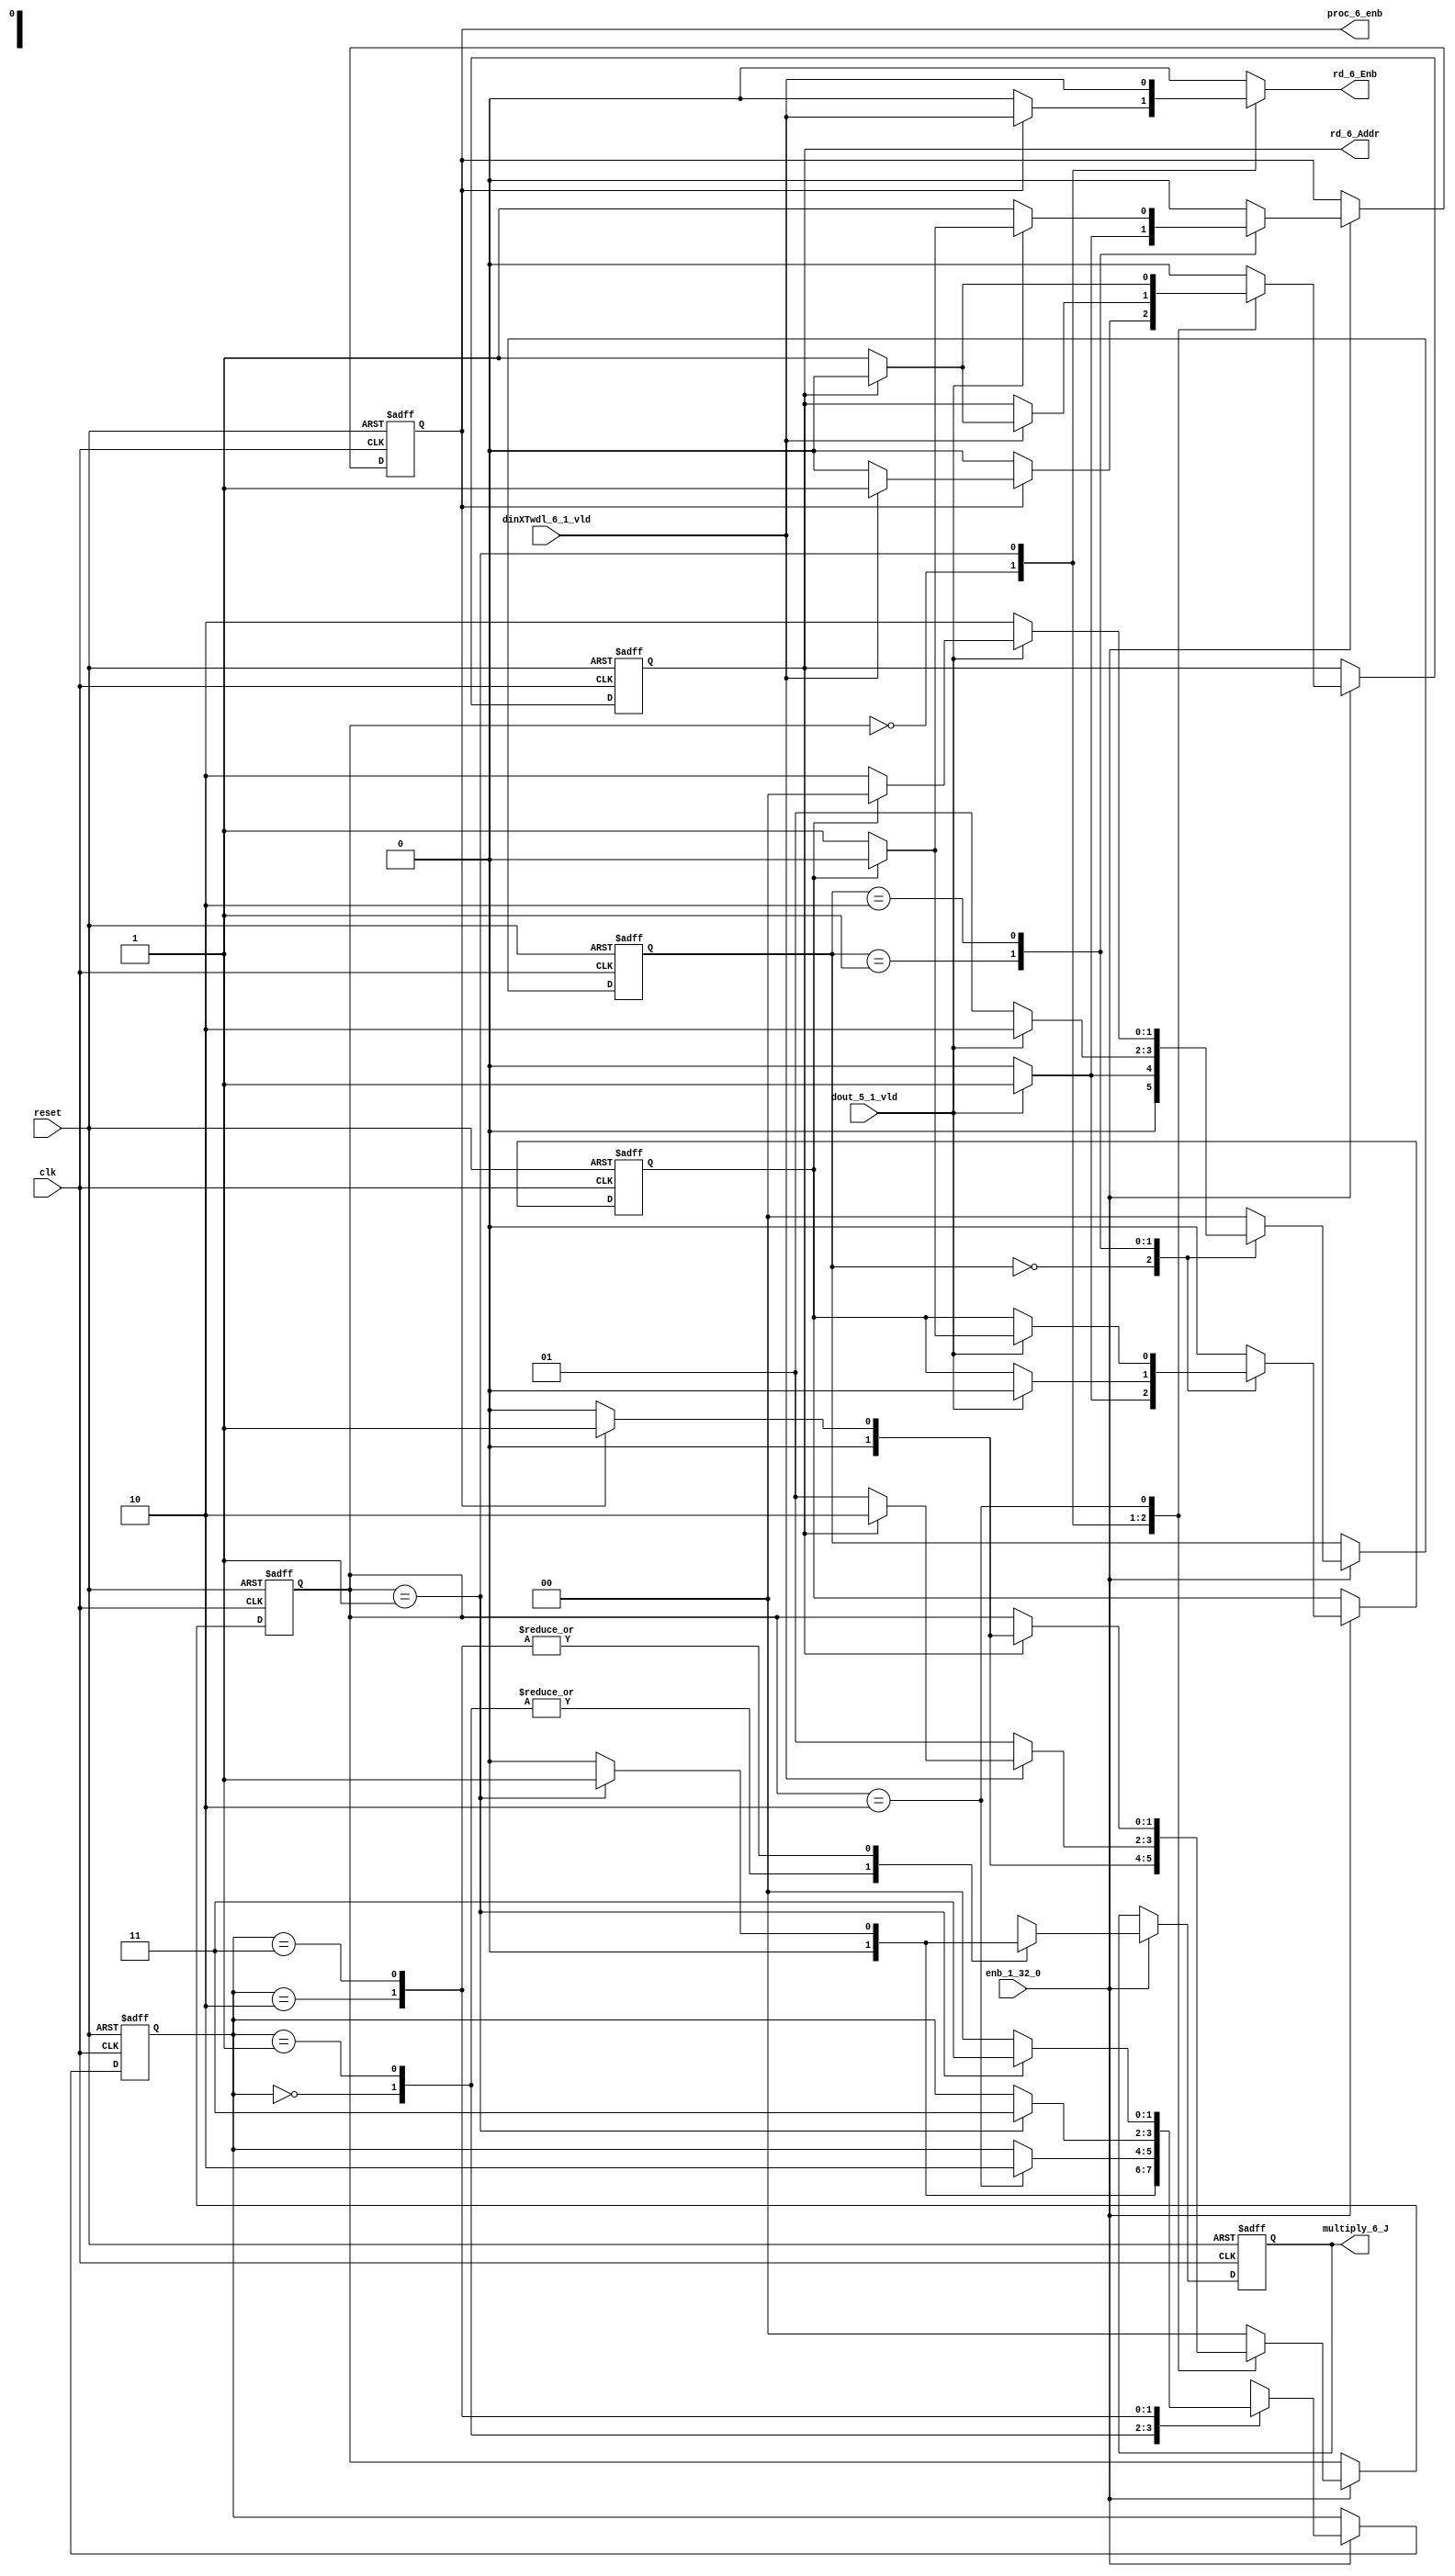
// -------------------------------------------------------------
// 
// 
// Generated by MATLAB 9.13 and HDL Coder 4.0
// 
// -------------------------------------------------------------


// -------------------------------------------------------------
// 
// Module: whdlOFDMTx_RADIX22FFT_CTRL1_6
// Source Path: dsphdl.IFFT/RADIX22FFT_CTRL1_6
// Hierarchy Level: 5
// 
// -------------------------------------------------------------

`timescale 1 ns / 1 ns

module whdlOFDMTx_RADIX22FFT_CTRL1_6
          (clk,
           reset,
           enb_1_32_0,
           dout_5_1_vld,
           dinXTwdl_6_1_vld,
           rd_6_Addr,
           rd_6_Enb,
           proc_6_enb,
           multiply_6_J);


  input   clk;
  input   reset;
  input   enb_1_32_0;
  input   dout_5_1_vld;
  input   dinXTwdl_6_1_vld;
  output  rd_6_Addr;  // ufix1
  output  rd_6_Enb;
  output  proc_6_enb;
  output  multiply_6_J;


  reg  SDFController_wrCount;  // ufix1
  reg [1:0] SDFController_wrState;  // ufix2
  reg [1:0] SDFController_rdState;  // ufix2
  reg  SDFController_rdAddr_reg;  // ufix1
  reg  SDFController_procEnb_reg;
  reg [1:0] SDFController_multjState;  // ufix2
  reg  SDFController_multiply_J_reg;
  reg  SDFController_wrCount_next;  // ufix1
  reg [1:0] SDFController_wrState_next;  // ufix2
  reg [1:0] SDFController_rdState_next;  // ufix2
  reg  SDFController_rdAddr_reg_next;  // ufix1
  reg  SDFController_procEnb_reg_next;
  reg [1:0] SDFController_multjState_next;  // ufix2
  reg  SDFController_multiply_J_reg_next;
  reg  rd_6_Addr_1;  // ufix1
  reg  rd_6_Enb_1;
  reg  proc_6_enb_1;
  reg  multiply_6_J_1;


  // SDFController
  always @(posedge clk or posedge reset)
    begin : SDFController_process
      if (reset == 1'b1) begin
        SDFController_wrCount <= 1'b0;
        SDFController_rdAddr_reg <= 1'b0;
        SDFController_wrState <= 2'b00;
        SDFController_rdState <= 2'b00;
        SDFController_multjState <= 2'b00;
        SDFController_procEnb_reg <= 1'b0;
        SDFController_multiply_J_reg <= 1'b0;
      end
      else begin
        if (enb_1_32_0) begin
          SDFController_wrCount <= SDFController_wrCount_next;
          SDFController_wrState <= SDFController_wrState_next;
          SDFController_rdState <= SDFController_rdState_next;
          SDFController_rdAddr_reg <= SDFController_rdAddr_reg_next;
          SDFController_procEnb_reg <= SDFController_procEnb_reg_next;
          SDFController_multjState <= SDFController_multjState_next;
          SDFController_multiply_J_reg <= SDFController_multiply_J_reg_next;
        end
      end
    end

  always @(SDFController_multiply_J_reg, SDFController_multjState,
       SDFController_procEnb_reg, SDFController_rdAddr_reg,
       SDFController_rdState, SDFController_wrCount, SDFController_wrState,
       dinXTwdl_6_1_vld, dout_5_1_vld) begin
    SDFController_wrCount_next = SDFController_wrCount;
    SDFController_wrState_next = SDFController_wrState;
    SDFController_rdState_next = SDFController_rdState;
    SDFController_rdAddr_reg_next = SDFController_rdAddr_reg;
    SDFController_procEnb_reg_next = SDFController_procEnb_reg;
    SDFController_multjState_next = SDFController_multjState;
    SDFController_multiply_J_reg_next = SDFController_multiply_J_reg;
    case ( SDFController_multjState)
      2'b00 :
        begin
          SDFController_multjState_next = 2'b00;
          SDFController_multiply_J_reg_next = 1'b0;
          if (SDFController_rdState == 2'b01) begin
            SDFController_multjState_next = 2'b01;
          end
        end
      2'b01 :
        begin
          SDFController_multiply_J_reg_next = 1'b0;
          if (SDFController_rdState == 2'b10) begin
            SDFController_multjState_next = 2'b10;
          end
        end
      2'b10 :
        begin
          SDFController_multiply_J_reg_next = 1'b0;
          if (SDFController_rdState == 2'b01) begin
            SDFController_multjState_next = 2'b11;
            SDFController_multiply_J_reg_next = 1'b1;
          end
        end
      2'b11 :
        begin
          if (SDFController_rdState == 2'b01) begin
            SDFController_multjState_next = 2'b11;
            SDFController_multiply_J_reg_next = 1'b1;
          end
          else begin
            SDFController_multiply_J_reg_next = 1'b0;
            SDFController_multjState_next = 2'b00;
          end
        end
      default :
        begin
          SDFController_multjState_next = 2'b00;
          SDFController_multiply_J_reg_next = 1'b0;
        end
    endcase
    case ( SDFController_rdState)
      2'b00 :
        begin
          SDFController_rdState_next = 2'b00;
          SDFController_rdAddr_reg_next = 1'b0;
          rd_6_Enb_1 = 1'b0;
          if (SDFController_procEnb_reg) begin
            SDFController_rdState_next = 2'b01;
            rd_6_Enb_1 = dinXTwdl_6_1_vld;
            if (dinXTwdl_6_1_vld) begin
              SDFController_rdAddr_reg_next = 1'b1;
            end
          end
        end
      2'b01 :
        begin
          SDFController_rdState_next = 2'b01;
          rd_6_Enb_1 = dinXTwdl_6_1_vld;
          if (dinXTwdl_6_1_vld) begin
            if (SDFController_rdAddr_reg == 1'b1) begin
              SDFController_rdState_next = 2'b10;
              SDFController_rdAddr_reg_next = 1'b0;
            end
            else begin
              SDFController_rdAddr_reg_next = 1'b1;
            end
          end
        end
      2'b10 :
        begin
          rd_6_Enb_1 = 1'b0;
          if (SDFController_rdAddr_reg == 1'b1) begin
            SDFController_rdAddr_reg_next = 1'b0;
            if (SDFController_procEnb_reg) begin
              SDFController_rdState_next = 2'b01;
            end
            else begin
              SDFController_rdState_next = 2'b00;
            end
          end
          else begin
            SDFController_rdAddr_reg_next = 1'b1;
          end
        end
      default :
        begin
          SDFController_rdState_next = 2'b00;
          SDFController_rdAddr_reg_next = 1'b0;
          rd_6_Enb_1 = 1'b0;
        end
    endcase
    case ( SDFController_wrState)
      2'b00 :
        begin
          SDFController_wrState_next = 2'b00;
          SDFController_wrCount_next = 1'b0;
          SDFController_procEnb_reg_next = 1'b0;
          if (dout_5_1_vld) begin
            SDFController_wrState_next = 2'b01;
            SDFController_wrCount_next = 1'b1;
          end
        end
      2'b01 :
        begin
          SDFController_wrState_next = 2'b01;
          SDFController_procEnb_reg_next = 1'b0;
          if (dout_5_1_vld) begin
            SDFController_wrState_next = 2'b10;
            SDFController_procEnb_reg_next = 1'b1;
            SDFController_wrCount_next = 1'b0;
          end
        end
      2'b10 :
        begin
          SDFController_wrState_next = 2'b10;
          SDFController_procEnb_reg_next = 1'b1;
          if (dout_5_1_vld) begin
            if (SDFController_wrCount == 1'b1) begin
              SDFController_wrState_next = 2'b00;
              SDFController_procEnb_reg_next = 1'b0;
              SDFController_wrCount_next = 1'b0;
            end
            else begin
              SDFController_wrCount_next = 1'b1;
            end
          end
        end
      default :
        begin
          SDFController_wrState_next = 2'b00;
          SDFController_wrCount_next = 1'b0;
          SDFController_procEnb_reg_next = 1'b0;
        end
    endcase
    rd_6_Addr_1 = SDFController_rdAddr_reg;
    proc_6_enb_1 = SDFController_procEnb_reg;
    multiply_6_J_1 = SDFController_multiply_J_reg;
  end



  assign rd_6_Addr = rd_6_Addr_1;

  assign rd_6_Enb = rd_6_Enb_1;

  assign proc_6_enb = proc_6_enb_1;

  assign multiply_6_J = multiply_6_J_1;

endmodule  // whdlOFDMTx_RADIX22FFT_CTRL1_6